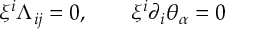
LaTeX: \xi ^ { i } \Lambda _ { i j } = 0 , \qquad \xi ^ { i } \partial _ { i } \theta _ { \alpha } = 0